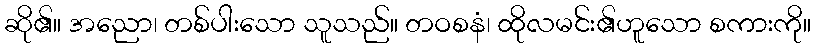
ဆို၏။ အညော၊ တစ်ပါးသော သူသည်။ တဝစနံ၊ ထိုလမင်း၏ဟူသော စကားကို။